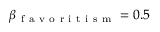
\beta _ { \mathrm { ~ f ~ a ~ v ~ o ~ r ~ i ~ t ~ i ~ s ~ m ~ } } = 0 . 5